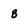
Character: B